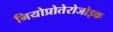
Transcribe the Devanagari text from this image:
नियोप्रोतेरोजोइक